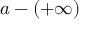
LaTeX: a - ( + \infty )